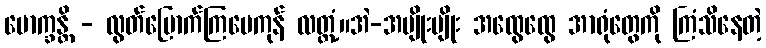
မောက္ခန္တိ - လွတ်မြောက်ကြပေကုန် လတ္တံ့။အဲ-အမျိုးမျိုး အထွေထွေ အာရုံတွေကို ကြံသိနေတဲ့